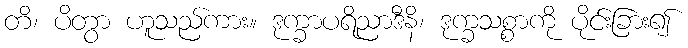
တိ၊ ပိတွာ ဟူသည်ကား။ ဒုက္ခာပရိညာဒီနိ၊ ဒုက္ခသစ္စာကို ပိုင်းခြား၍